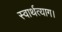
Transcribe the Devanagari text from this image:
स्वार्थत्याग।